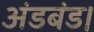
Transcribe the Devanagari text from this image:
अंडबंड।